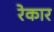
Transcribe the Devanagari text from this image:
रेकार